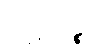
ပါဋိကဉ္စ